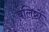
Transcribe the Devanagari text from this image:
बलिष्टों